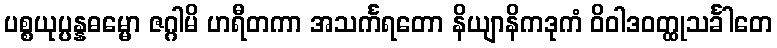
ပစ္စယုပ္ပန္နဓမ္မော ဇဂ္ဂါမိ ဟရီတကာ အသင်္ကရတော နိယျာနိကဒုကံ ဝိဝါဒဝတ္ထုသင်္ခါတေ